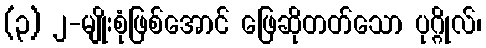
(၃) ၂-မျိုးစုံဖြစ်အောင် ဖြေဆိုတတ်သော ပုဂ္ဂိုလ်၊